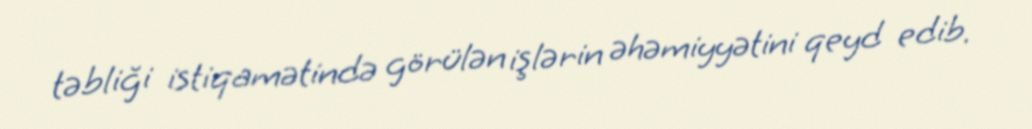
təbliği istiqamətində görülən işlərin əhəmiyyətini qeyd edib.